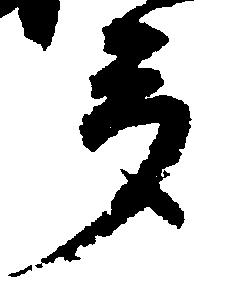
多